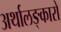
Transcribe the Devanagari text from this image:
अर्थालङ्कारो